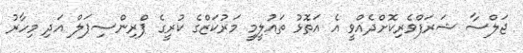
ޖަލްސާ ޝަރަފްވެރިކޮށްދެއްވީ އެ އަތޮޅު ތައުލީމީ މަރުކަޒްގެ ކުރީގެ ޕްރިންސިޕަލް އަދި މިހާރު